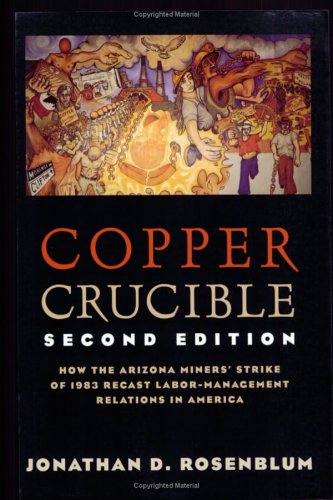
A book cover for Copper Crucible: How the Arizona Miners' Strike of 1983 Recast Labor-Management Relations in America (Ilr Press Books); Jonathan D. Rosenblum; Business & Money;